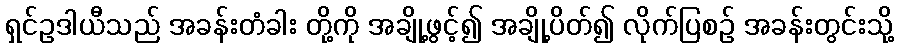
ရှင်ဥဒါယီသည် အခန်းတံခါး တို့ကို အချို့ဖွင့်၍ အချို့ပိတ်၍ လိုက်ပြစဉ် အခန်းတွင်းသို့